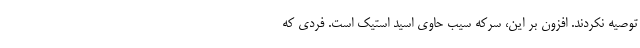
توصیه نکردند. افزون بر این، سرکه سیب حاوی اسید استیک است. فردی که